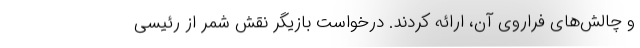
و چالش‌های فراروی آن، ارائه کردند. درخواست بازیگر نقش شمر از رئیسی